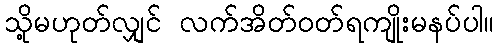
သို့မဟုတ်လျှင် လက်အိတ်ဝတ်ရကျိုးမနပ်ပါ။